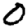
Digit: 0